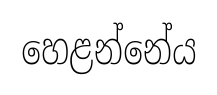
හෙළන්නේය